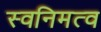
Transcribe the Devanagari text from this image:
स्वनिमत्व